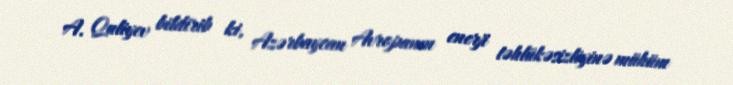
A. Quliyev bildirib ki, Azərbaycan Avropanın enerji təhlükəsizliyinə mühüm